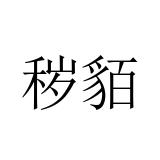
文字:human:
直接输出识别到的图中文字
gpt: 秽貊